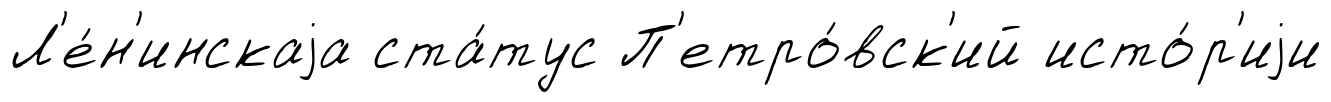
Л'е́н'инскаjа ста́тус П'етро́вск'ий исто́р'иjи